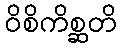
ဝိစိကိစ္ဆတိ